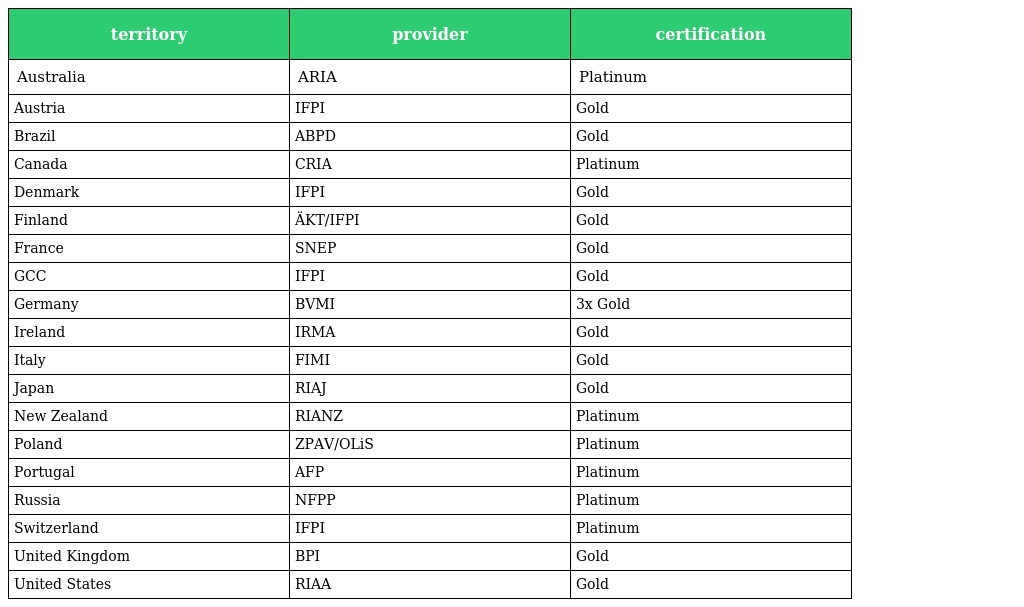
| territory | provider | certification |
 | --- | --- | --- |
 | Australia | ARIA | Platinum |
 | Austria | IFPI | Gold |
 | Brazil | ABPD | Gold |
 | Canada | CRIA | Platinum |
 | Denmark | IFPI | Gold |
 | Finland | ÄKT/IFPI | Gold |
 | France | SNEP | Gold |
 | GCC | IFPI | Gold |
 | Germany | BVMI | 3x Gold |
 | Ireland | IRMA | Gold |
 | Italy | FIMI | Gold |
 | Japan | RIAJ | Gold |
 | New Zealand | RIANZ | Platinum |
 | Poland | ZPAV/OLiS | Platinum |
 | Portugal | AFP | Platinum |
 | Russia | NFPP | Platinum |
 | Switzerland | IFPI | Platinum |
 | United Kingdom | BPI | Gold |
 | United States | RIAA | Gold |